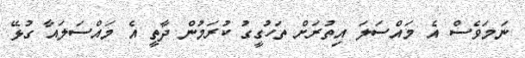
ނަމަވެސް އެ މައްސަލަ އިތުރަށް ތަހުގީގު ކުރަމުން ދާތީ އެ މައްސަލައާ ގުޅޭ